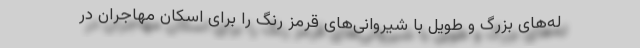
له‌های بزرگ و طویل با شیروانی‌های قرمز رنگ را برای اسکان مهاجران در